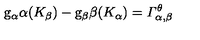
\mathrm { \sl g } _ { \alpha } \alpha ( K _ { \beta } ) - \mathrm { \sl g } _ { \beta } \beta ( K _ { \alpha } ) = \mathit { \Gamma } _ { \alpha , \beta } ^ { \theta }